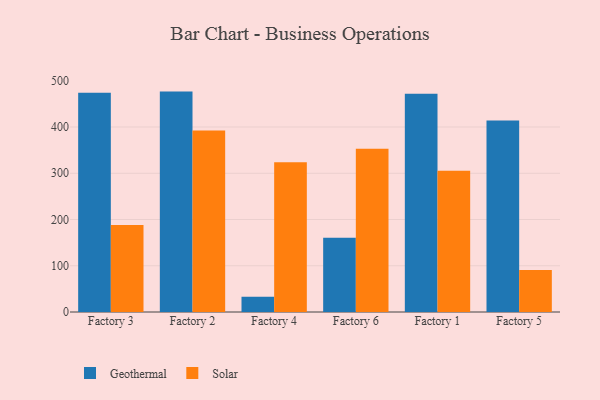
{"axis": {"x": "Factory", "y": "Market Share (%)"}, "legend": ["Geothermal", "Solar"], "data": [{"x": "Factory 3", "y": 474.3, "type": "Geothermal"}, {"x": "Factory 3", "y": 187.9, "type": "Solar"}, {"x": "Factory 2", "y": 476.6, "type": "Geothermal"}, {"x": "Factory 2", "y": 392.6, "type": "Solar"}, {"x": "Factory 4", "y": 33.2, "type": "Geothermal"}, {"x": "Factory 4", "y": 323.6, "type": "Solar"}, {"x": "Factory 6", "y": 160.5, "type": "Geothermal"}, {"x": "Factory 6", "y": 352.9, "type": "Solar"}, {"x": "Factory 1", "y": 472.0, "type": "Geothermal"}, {"x": "Factory 1", "y": 305.2, "type": "Solar"}, {"x": "Factory 5", "y": 413.9, "type": "Geothermal"}, {"x": "Factory 5", "y": 90.9, "type": "Solar"}]}